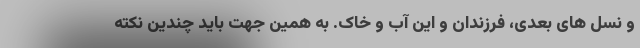
و نسل های بعدی، فرزندان و این آب و خاک. به همین جهت باید چندین نکته